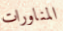
المناورات